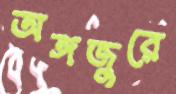
অঙ্গজুরে